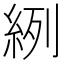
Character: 𦀎